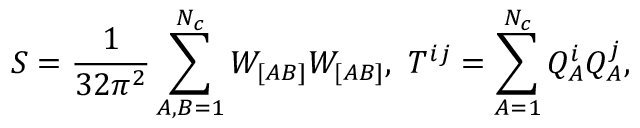
S = \frac { 1 } { 3 2 \pi ^ { 2 } } \sum _ { A , B = 1 } ^ { N _ { c } } W _ { [ A B ] } W _ { [ A B ] } , \ T ^ { i j } = \sum _ { A = 1 } ^ { N _ { c } } Q _ { A } ^ { i } Q _ { A } ^ { j } ,